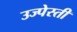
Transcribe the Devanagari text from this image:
उज्पेस्ती